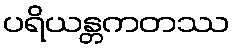
ပရိယန္တကတဿ